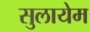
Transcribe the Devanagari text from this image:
सुलायेम